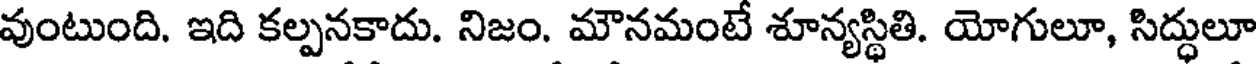
వుంటుంది. ఇది కల్పనకాదు. నిజం. మౌనమంటే శూన్యస్థితి. యోగులూ, సిద్ధులూ